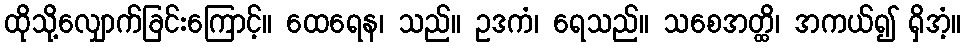
ထိုသို့လျှောက်ခြင်းကြောင့်။ ထေရေန၊ သည်။ ဥဒကံ၊ ရေသည်။ သစေအတ္ထိ၊ အကယ်၍ ရှိအံ့။